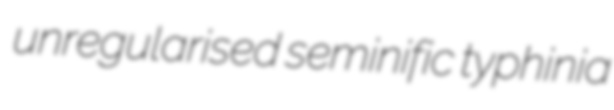
unregularised seminific typhinia